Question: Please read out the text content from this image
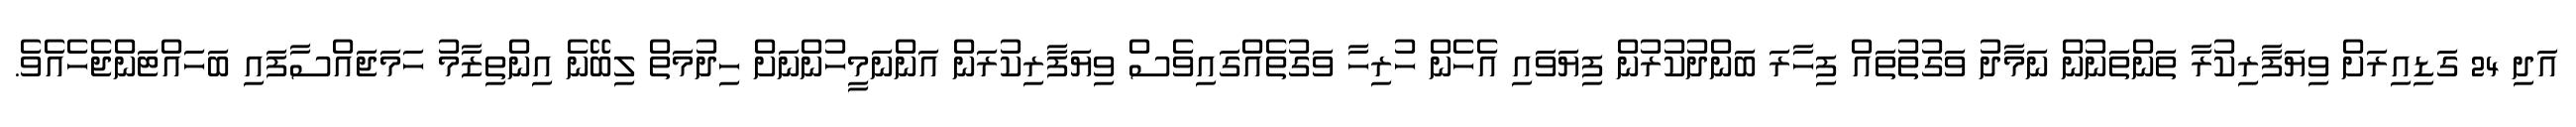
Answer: އަދި 24 ގަޑިއިރަށް ވިޔަފާރިކުރާ ތަންތަނުން ނަމާދު ވަގުތުތައް ފިހާރަ ބަންދުކުރުން ފިޔަވައި އެހެން ހުރިހާ ވަގުތެއްގައިވެސް ވިޔަފާރިކުރަން އަންނަމީހުންނަށް ހިދުމަތް ލިބޭނެ އިންތިޒާމު ހަމަޖައްސާފައި ބަހައްޓަންޖެހެއެވެ.